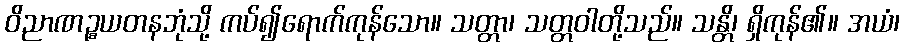
ဝိညာဏဉ္စယတနဘုံသို့ ကပ်၍ရောက်ကုန်သော။ သတ္တာ၊ သတ္တဝါတို့သည်။ သန္တိ၊ ရှိကုန်၏။ အယံ၊